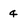
Character: 4